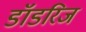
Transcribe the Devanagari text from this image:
डॉडरिज